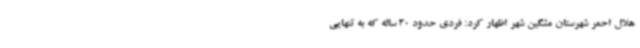
هلال احمر شهرستان مشگین شهر اظهار کرد: فردی حدود 30 ساله که به تنهایی